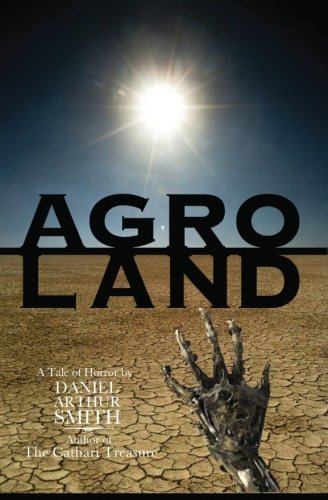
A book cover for Agroland; Daniel Arthur Smith; Science Fiction & Fantasy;